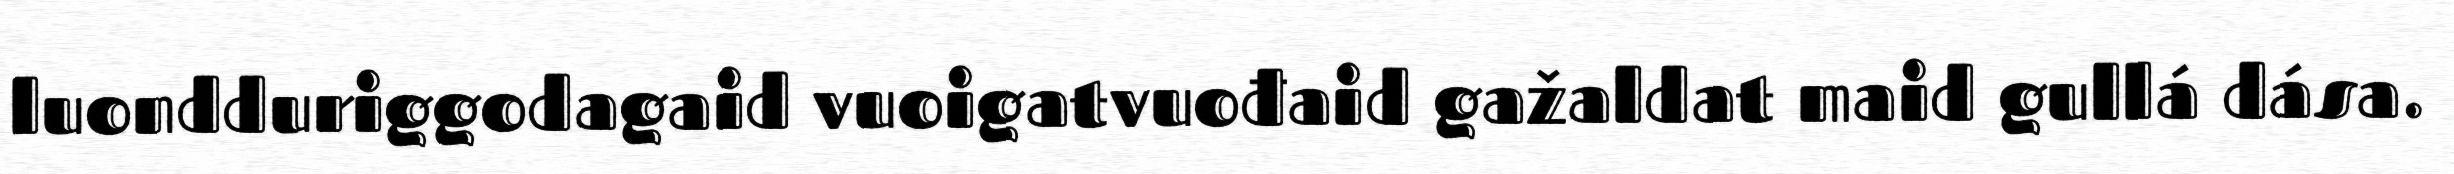
luondduriggodagaid vuoigatvuođaid gažaldat maid gullá dása.